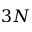
3 N